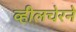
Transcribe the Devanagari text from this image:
व्हीलचेरने